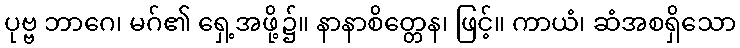
ပုဗ္ဗ ဘာဂေ၊ မဂ်၏ ရှေ့အဖို့၌။ နာနာစိတ္တေန၊ ဖြင့်။ ကာယံ၊ ဆံအစရှိသော